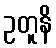
ဥတူနိ